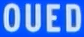
OUED